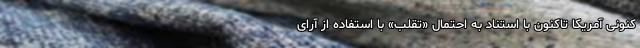
کنونی آمریکا تاکنون با استناد به احتمال «تقلب» با استفاده از آرای